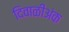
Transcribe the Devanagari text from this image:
दिवाळीअंक